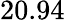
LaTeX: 20.94